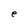
Character: e